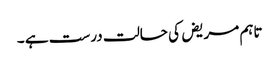
تاہم مریض کی حالت درست ہے ۔